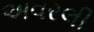
અવરલી